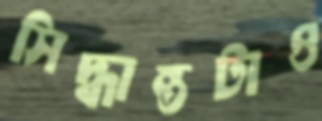
সিদ্ধান্তটাও